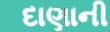
દાણાની